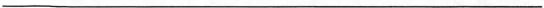
___